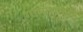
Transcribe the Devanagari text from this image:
गायनातही